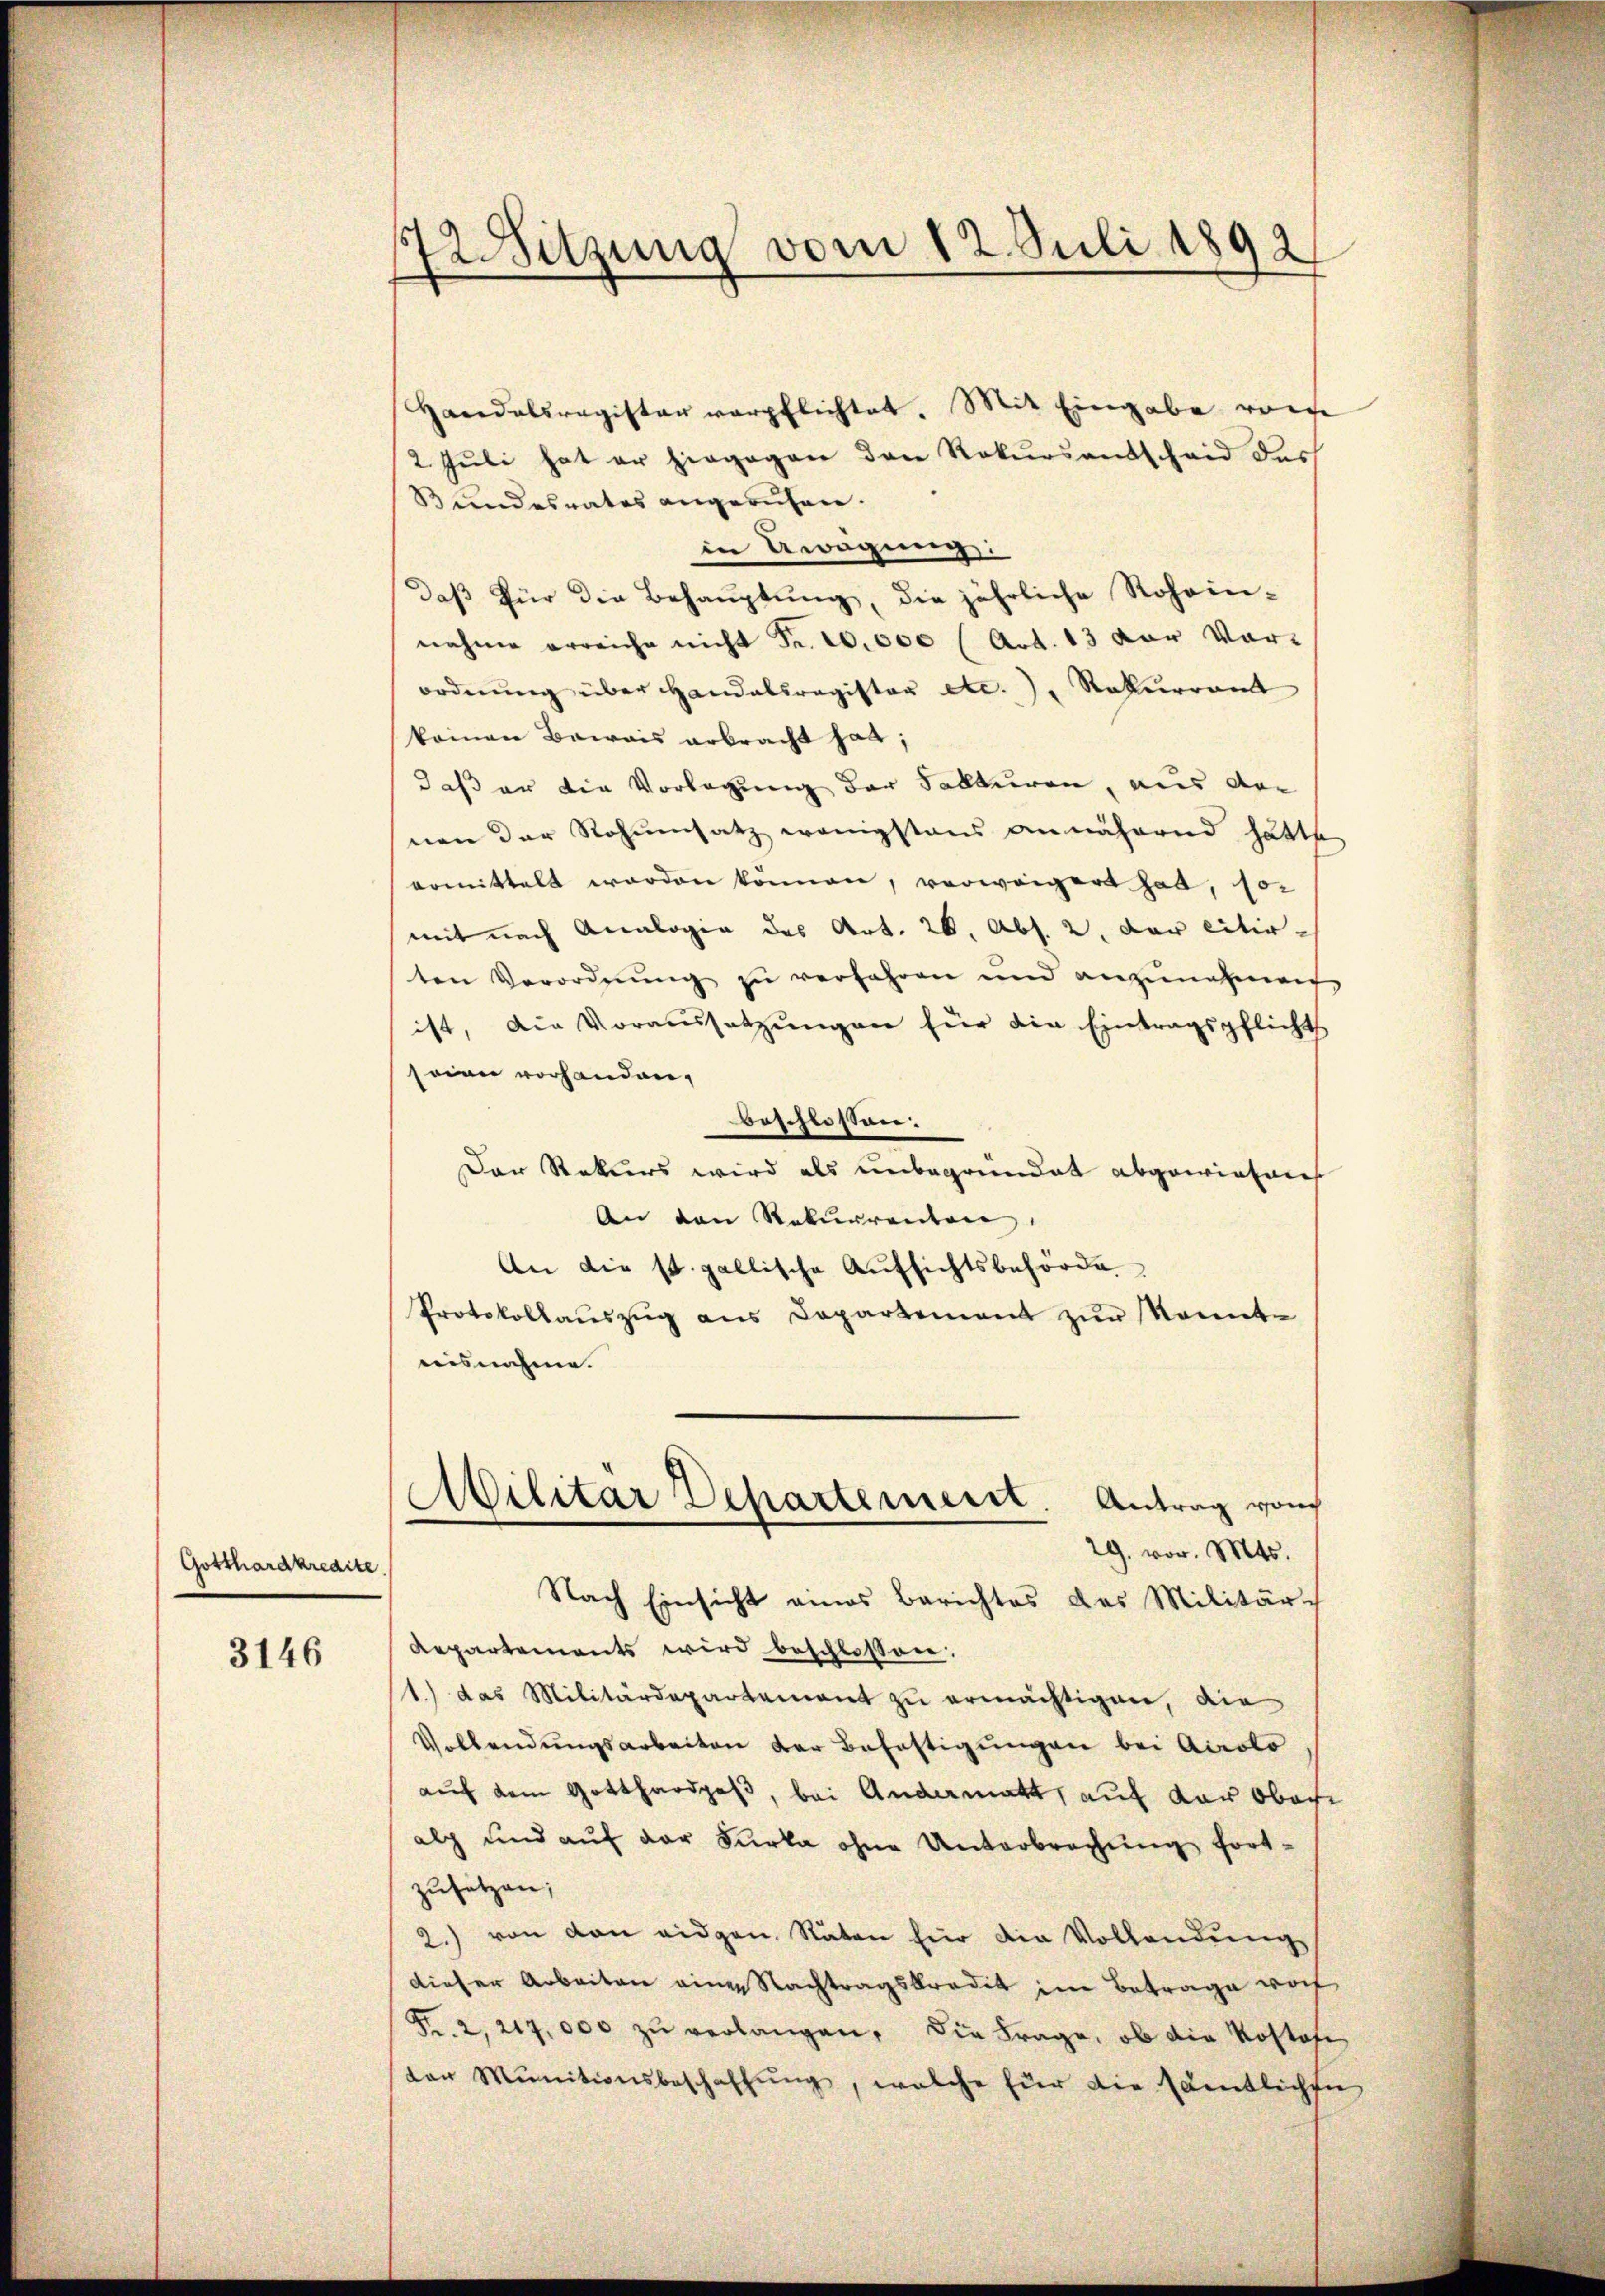
Gotthardkredite.

3146

72Sitzung vom 12. Juli 1892

Handelsregister verpflichtet. Mit Eingabe riefe
2. Juli hat er hingegen den Rekursentscheid des
Bundesrates angeruhen.
in Bewegung:
daβ für die Behauptung, die jährliche Rohein-
nahme erreiche nicht Fr. 10,000 (Art. 13 vor Vor-
ordnŭng über Handelsregister etc.), Rekurram
keinen Bewais erbracht hat;
daß er die Vorlegung der Fakturen, aus der
nen der Rohumsatz wenigstens annähernd hätte,
ermittelt worden können, vorweigert hat, so
mit nach Analogie des Art. 20. Abs. 2. Der citirten Verordnŭng zu verfahren und anzŭnahmen
ist, die Voraussetzŭngen für die Eintragspflicht
seine vorhanden,
beschüssen:
Der Rekurs wird als unbegründet abgewiesenes
An den Rekurrenten
An die st. gallische Aufsichtsbehörde
Protokollaŭszŭg ans Capartement zŭr konnte
aisnahme.
Militar Departement. Antrag von
29. vor. Mts.
Nach Einsicht eines Berichtes das Militär-
Repartements wird beschlossen:
1.) das Militärdepartement zu ermächtigen, die
Vollendungsarbeiten der Befestigungen bei Airolo
auf dem Gotthardpaß, bei Andermatt, auf der Ober
alp und auf der Furka ohne Unterbrechung fortzusetzen;
2.) von den eidgen. Räten für die Vollendung
dieser Arbeiten eine Nachtragskredit im Betrage noch
Fr. 2, 217,000 zŭ verlangen, die Frage, ob die Kostafe
der Munitionsbeschaffŭng, welche für die sämtlichen